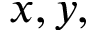
x , y ,